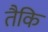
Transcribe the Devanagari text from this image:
तैकि